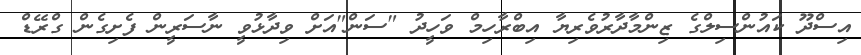
އިސްދޫ ކައުންސިލްގެ ޒިންމާދާރުވެރިޔާ އިބްރާހިމް ވަހީދު "ސަން"އަށް ވިދާޅުވީ ނާސަރީން ފެށިގެން ގްރޭޑް